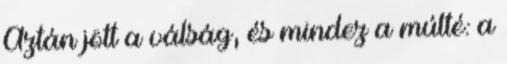
Aztán jött a válság, és mindez a múlté: a